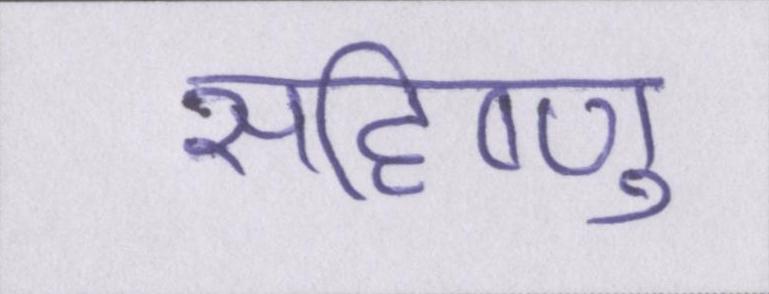
सहिष्णु